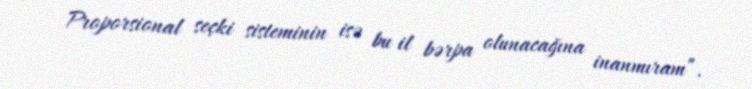
Proporsional seçki sisteminin isə bu il bərpa olunacağına inanmıram”.